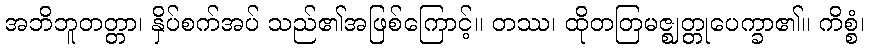
အဘိဘူတတ္တာ၊ နှိပ်စက်အပ် သည်၏အဖြစ်ကြောင့်။ တဿ၊ ထိုတတြမဇ္ဈတ္တုပေက္ခာ၏။ ကိစ္စံ၊